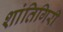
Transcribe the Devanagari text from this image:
शांतिगिरी